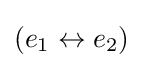
\left({e}_{1}\leftrightarrow {e}_{2}\right)